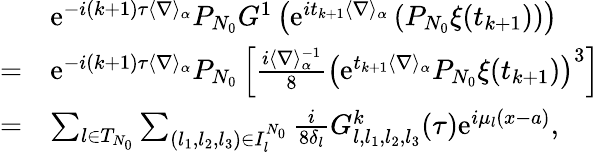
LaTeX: \begin{array}{rl}&{\textrm{e}^{-i(k+1)\tau\langle\nabla\rangle_{\alpha}}P_{N_{0}}G^{1}\left(\textrm{e}^{it_{k+1}\langle\nabla\rangle_{\alpha}}\left(P_{N_{0}}\xi(t_{k+1})\right)\right)}\\ {=}&{\textrm{e}^{-i(k+1)\tau\langle\nabla\rangle_{\alpha}}P_{N_{0}}\left[\frac{i\langle\nabla\rangle_{\alpha}^{-1}}{8}\left(\textrm{e}^{t_{k+1}\langle\nabla\rangle_{\alpha}}P_{N_{0}}\xi(t_{k+1})\right)^{3}\right]}\\ {=}&{\sum_{l\in{T}_{N_{0}}}\sum_{\left(l_{1},l_{2},l_{3}\right)\in{I}_{l}^{N_{0}}}\frac{i}{8\delta_{l}}{G}_{l,l_{1},l_{2},l_{3}}^{k}(\tau)\textrm{e}^{i\mu_{l}(x-a)},}\end{array}